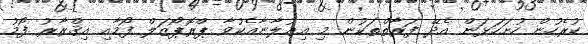
ކުރެހުން ހުށަހަޅަން އެދޭ ފަރާތްތަކުން މި އިޢުލާނާއެކުވާ ޕްރޮޕޯޒަލް ފޯމާއި އިޤްރާރު ފޯމު